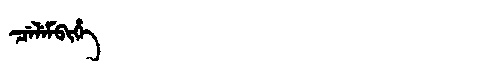
Manchu: ᠴᡝᠯᡝᠮᠪᡳᡥᡝ
Romanization: CELEMBIHE